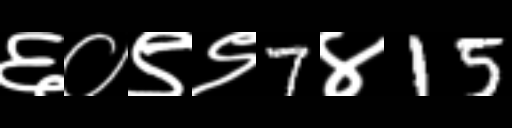
Text: ६०९९7४15